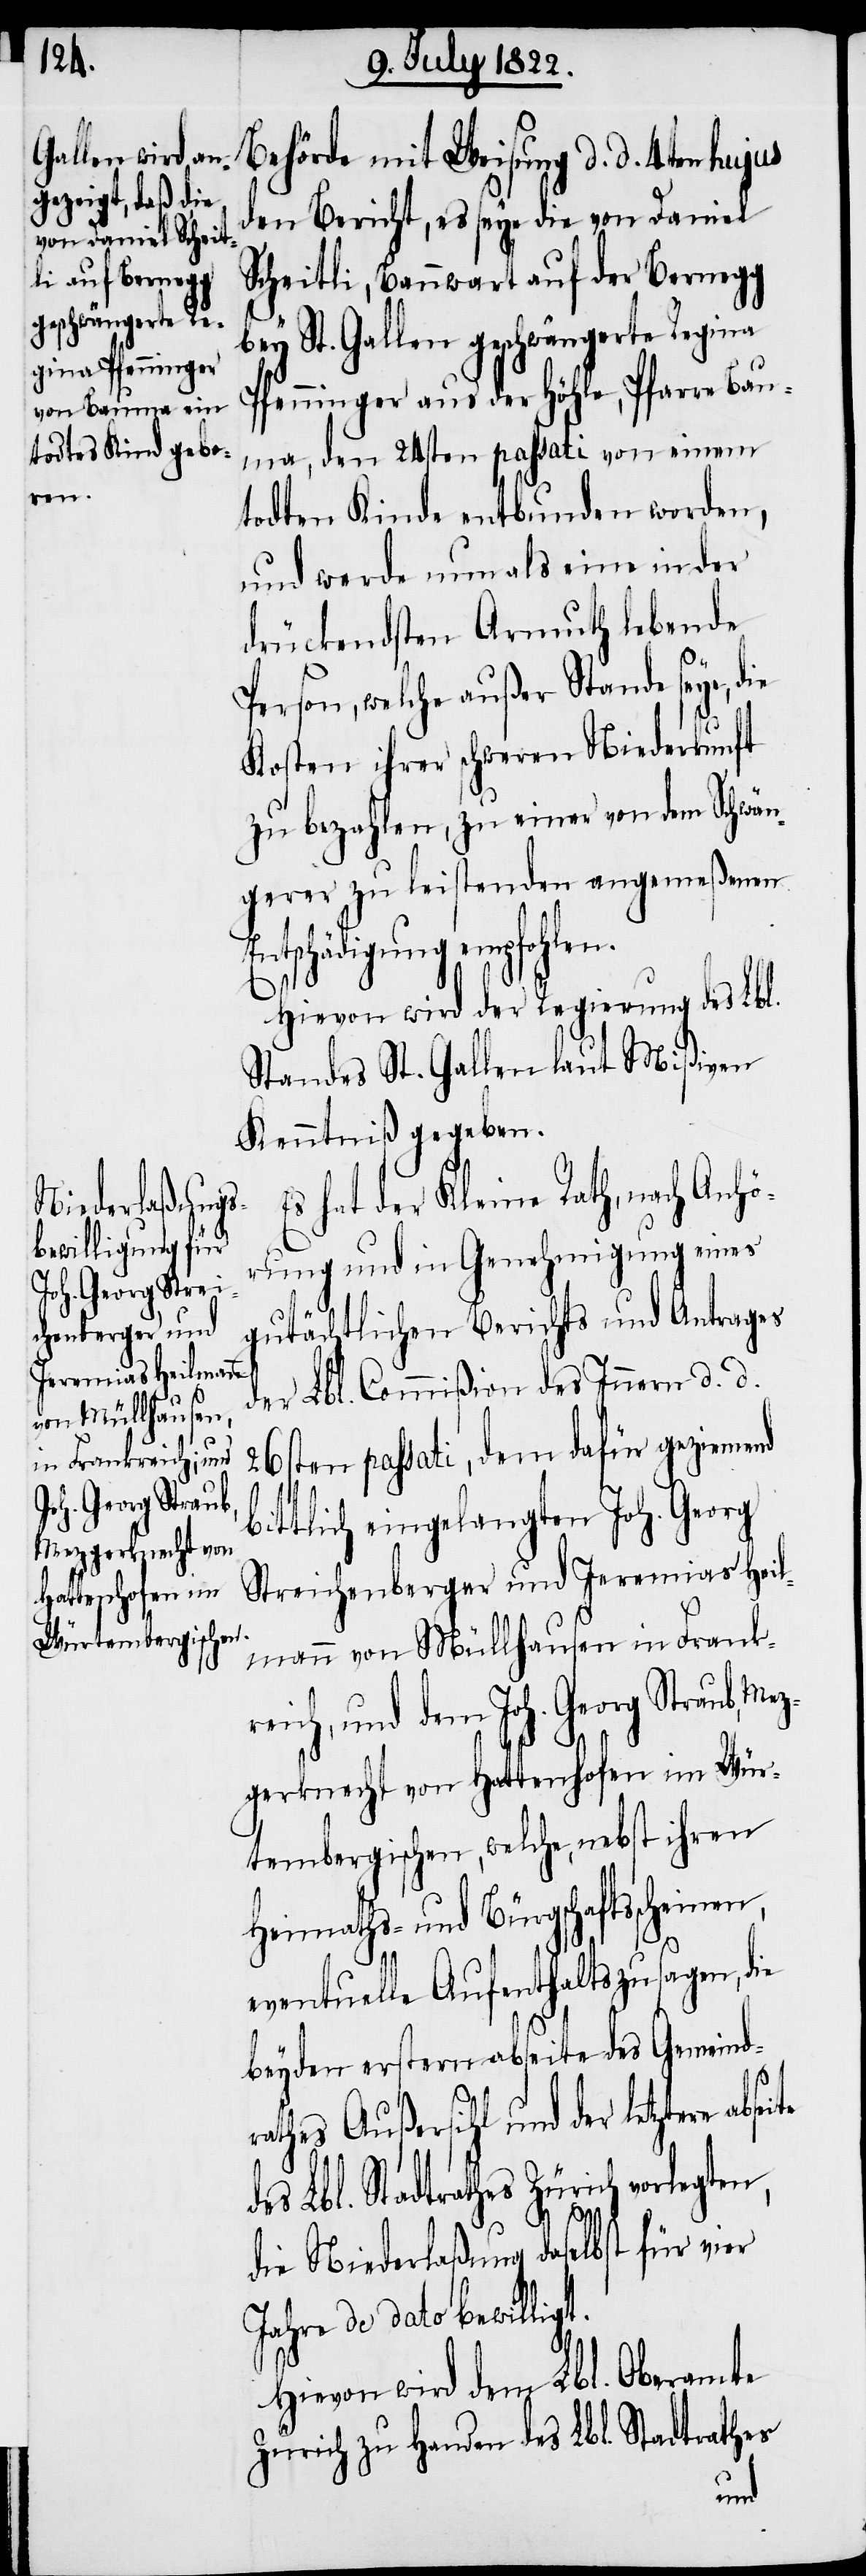
nen,
de¬

eite

Behörde mit Weisung d. d. 4ten hujus
den Bericht, es seye die von Daniel
Scheitli, Bannwart auf der Bernegg
bey St. Gallen geschwängerte Regina
Pfenninger aus der Höhle, Pfarre Bau¬
ma, den 24sten passati von einem
todten Kinde entbunden worden,
und werde nun als eine in der
drückendsten Armuth lebende
Person, welche außer Stande seye, die
Kosten ihrer schweren Niederkunft
zu bezahlen, zu einer von dem Schwän¬
gerer zu leistenden angemeßenen
Entschädigung empfohlen.
Hievon wird der Regierung des Lbl.
Standes St. Gallen laut Mißiven
Kenntniß gegeben.
s hat der Kleine Rath, nach Anhö¬
rung und in Genehmigung eines
gutächtlichen Berichts und Antrages
der Lbl. Commißion des Innern d. d.
26sten passati, dem dafür geziemend
bittlich eingelangten Joh. Georg
Streichenberger und Jeremias Heil¬
mann von Müllhausen in Frank¬
reich, und dem Joh. Georg Straub, Me¬
zgerknecht von Hattenhofen im Wür¬
tembergischen, welche, nebst ihren
Heimaths- und Bürgschaftsschei¬
eventuelle Aufenthaltszusagen, die
beyden erstern abseite des Gemeind¬
rathes Außersihl und der letztere abs¬
s Lbl. Stadtrathes Zürich vorlegten,
die Niederlaßung daselbst für vier
Jahre de dato bewilligt.
Hievon wird dem Lbl. Oberamte
Zürich zu Handen des Lbl. Stadtrathes